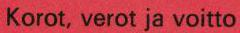
Korot, verot ja voitto